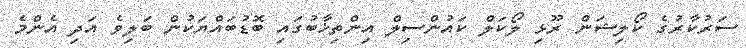
ސަރުކާރުގެ ކޯލިޝަން ރޫޅި ލޯކަލް ކައުންސިލް އިންތިޚާބުގައި ބޮޑުބައްޔަކުން ބަލިވެ އަދި އެންމެ